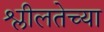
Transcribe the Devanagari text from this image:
श्लीलतेच्या